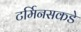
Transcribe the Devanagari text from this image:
टर्मिनसकडे